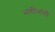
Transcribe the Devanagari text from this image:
भलीभांती